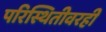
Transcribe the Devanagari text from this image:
परिस्थितीवरही